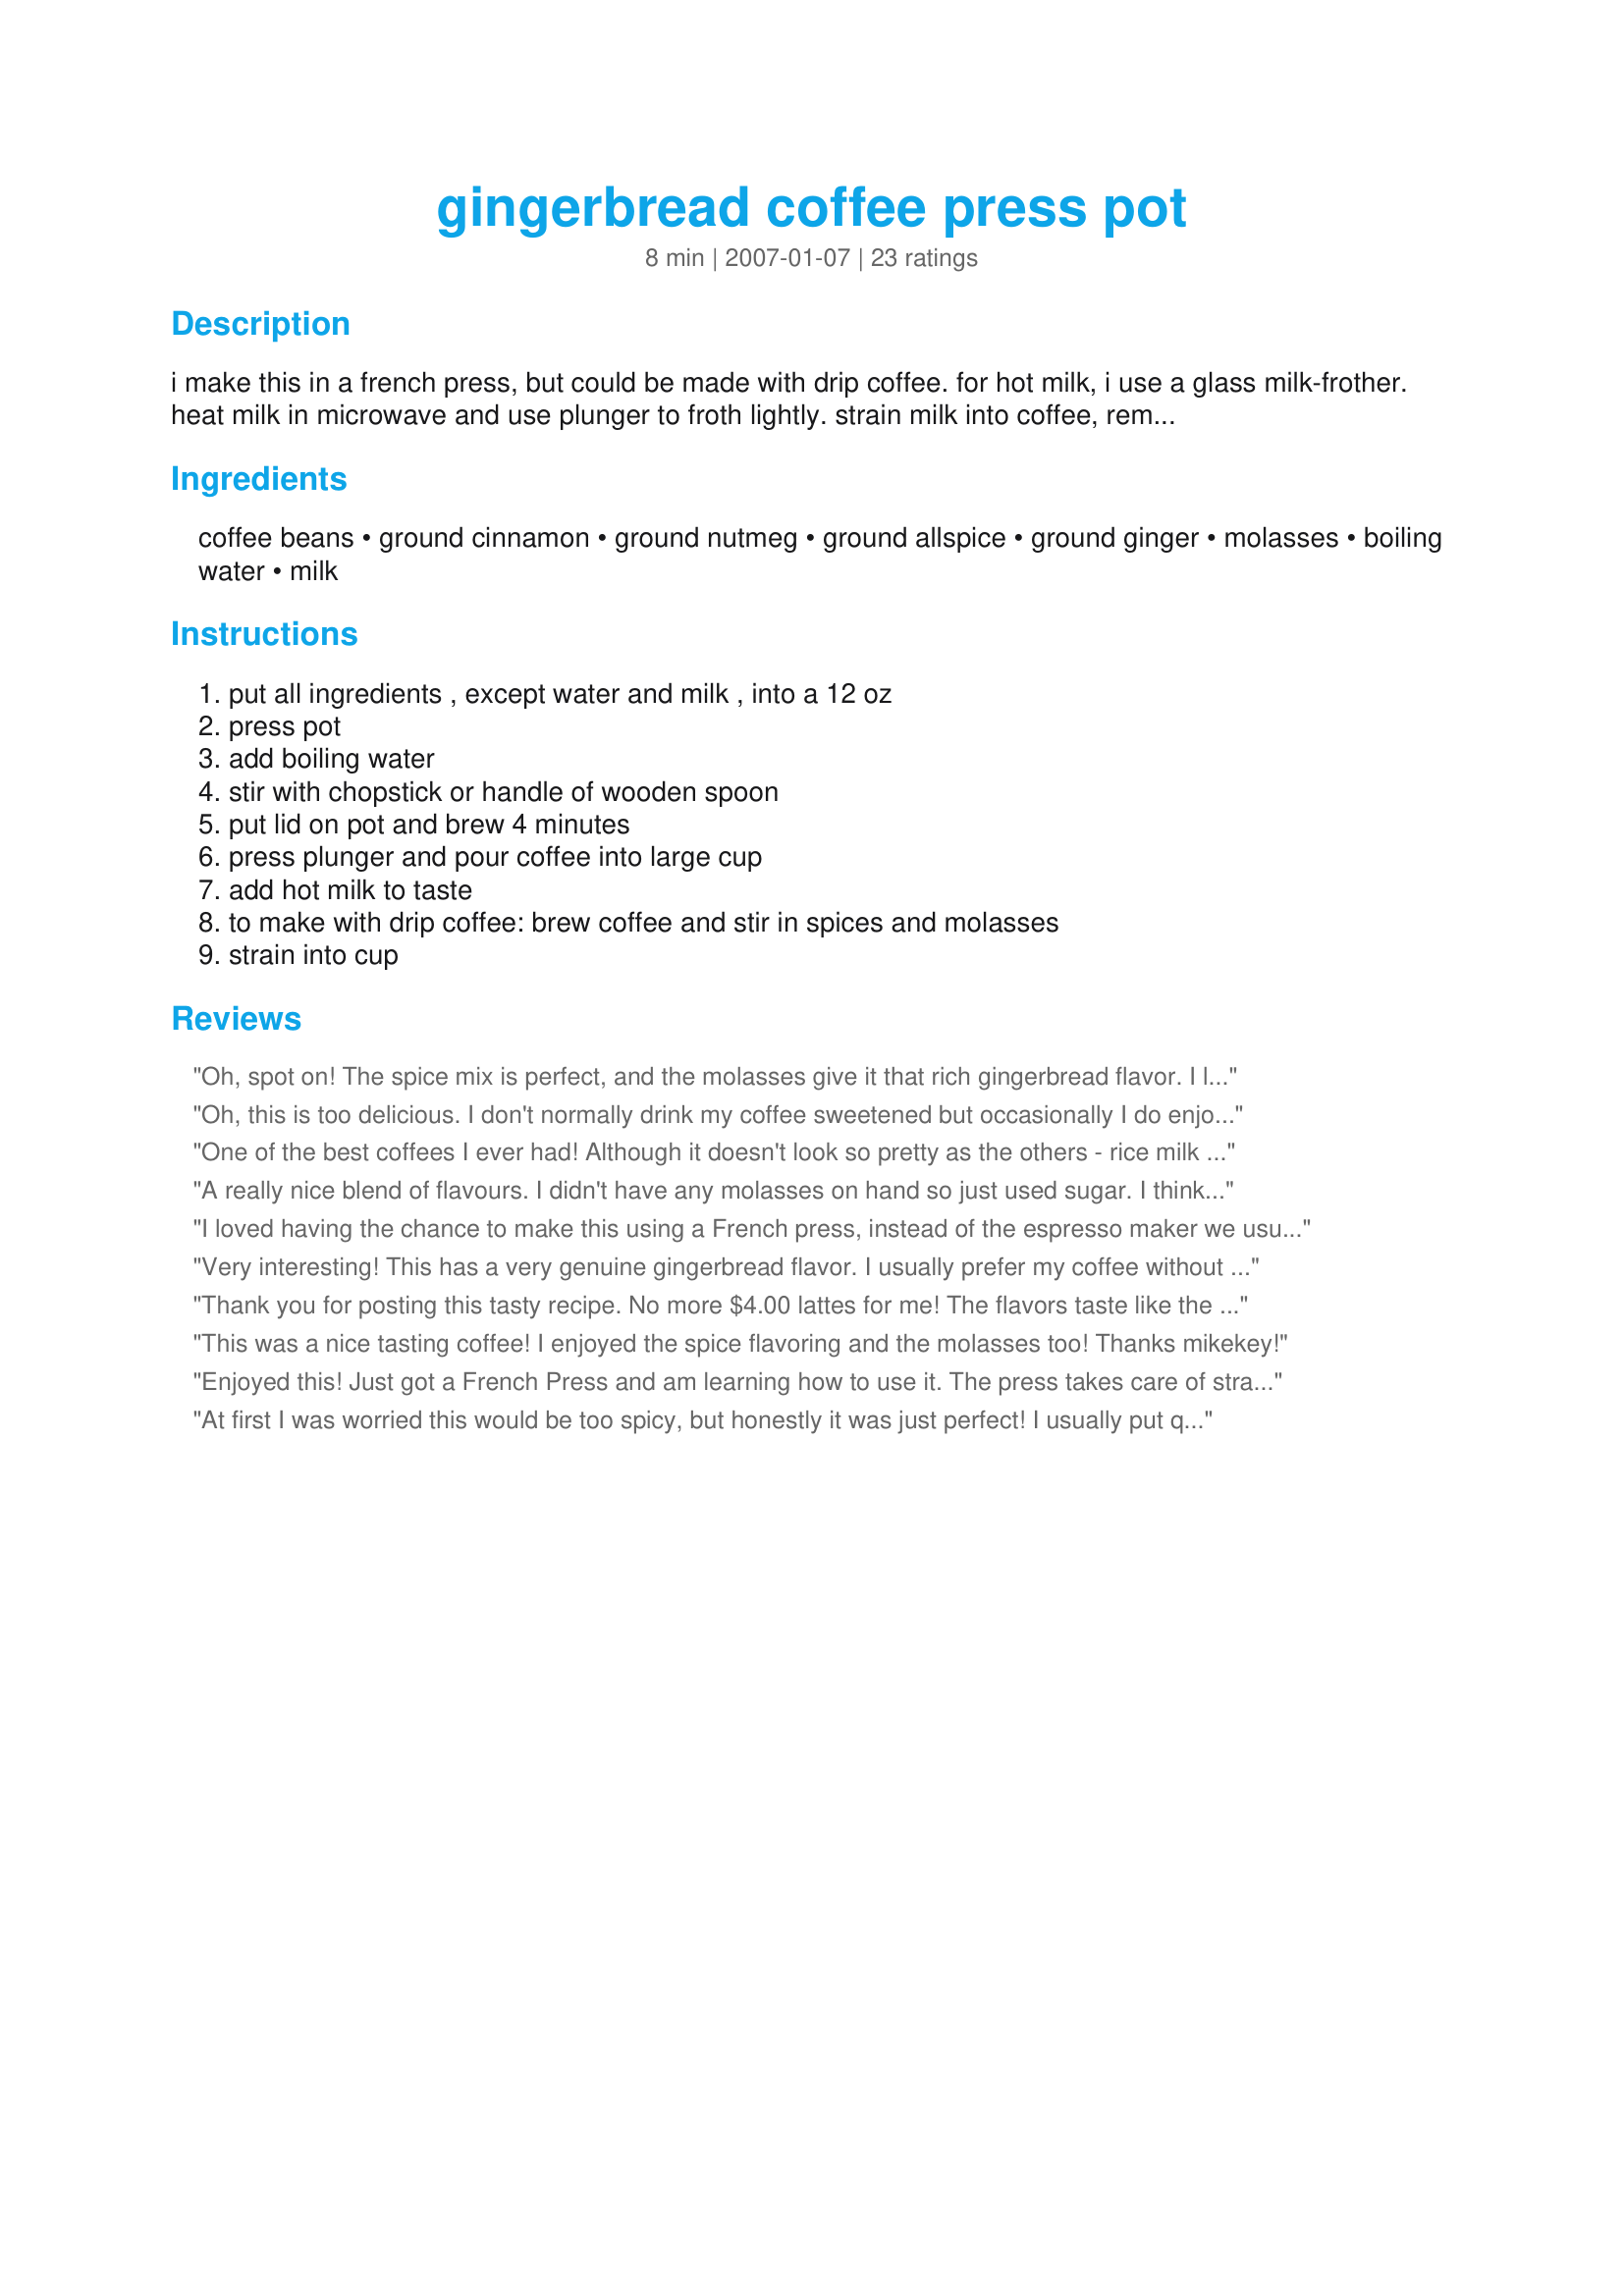
gingerbread coffee press pot
Preparation time: 8 minutes

i make this in a french press, but could be made with drip coffee. for hot milk, i use a glass milk-frother. heat milk in microwave and use plunger to froth lightly. strain milk into coffee, remove lid, and put some foam on top of coffee.

Ingredients:
coffee beans, ground cinnamon, ground nutmeg, ground allspice, ground ginger, molasses, boiling water, milk

Steps:
put all ingredients , except water and milk , into a 12 oz, press pot, add boiling water, stir with chopstick or handle of wooden spoon, put lid on pot and brew 4 minutes, press plunger and pour coffee into large cup, add hot milk to taste, to make with drip coffee: brew coffee and stir in spices and molasses, strain into cup

Reviews:
Oh, spot on! The spice mix is perfect, and the molasses give it that rich gingerbread flavor. I like to add a bit of orange zest with the spices, also. Gives it a lift like sweet orange sauce does for the regular gingerbread. Thanks!
Oh, this is too delicious. I don't normally drink my coffee sweetened but occasionally I do enjoy a foo-foo cup of coffee. This one is pure bliss. I poured a large cup this morning and poured the rest into a thermos but did not have time to drink it. As I emptied my bag tonight I found the thermos with luke warm coffee - poured a cup and popped it in the microwave. I'm looking forward to tomorrow morning when I will make this again. Made and enjoyed on a chilly Michigan December morning.
One of the best coffees I ever had! Although it doesn't look so pretty as the others - rice milk cannot be frothed :lol:
Used only 1 teaspoon molasses because I don't usually drink sweetened coffee. But this was perfect, liquid gingerbread with coffee flavour. Thanks for posting this winner!
Made for Comfort Cafe Snowqueen's Round 2010.
A really nice blend of flavours. I didn't have any molasses on hand so just used sugar. I think this worked :) A nice hot drink for a cold wet night. Thanks for posting :)
I loved having the chance to make this using a French press, instead of the espresso maker we usually use. Of course, this didn't taste like espresso was in it but it did have a nice latte kind of flavor and the spices were nicely balanced. The only thing that detracted from this at all was the amount of dried spices used in this gave it an obvious powdered-spice taste that none of us here cared for. I would use less next time just to make it less appparent, or just go with flavored syrups instead, (which I have tons of anyway). Thank you.
Very interesting! This has a very genuine gingerbread flavor. I usually prefer my coffee without milk so I tried it that way and then added milk. I really like it either way! Thanks!
Thank you for posting this tasty recipe. No more $4.00 lattes for me! The flavors taste like the holidays at Grandma's house. Cheers from Oregon!
This was a nice tasting coffee! I enjoyed the spice flavoring and the molasses too! Thanks mikekey!
Enjoyed this! Just got a French Press and am learning how to use it. The press takes care of straining the spices which I loved, all of the flavor but none of the floating powdery stuff. Also loved the flavor the molasses added. Yum! Thanks for sharing the recipe!
At first I was worried this would be too spicy, but honestly it was just perfect! I usually put quite a bit of sugar in my coffee, and with this I didnt need to. (probably because of the molasses?)
This recipe is very special, very delicious. 
I did use a little milk, not cream, but I don't think this it needed it.
I treated myself with a cup of this last night and it was out-of-this-world-wonderful! Using a single-serving french press, I made just as written, adding just a splash of hot milk. Thanks for sharing your recipe!
This is sooooooo yummy! Thank you for sharing. Delish!
Drinkable but mine tasted extremely bitter.. Is the molasses sticking too hard to the grounds or something?..
Oh, divine! This is the first coffee I made in my sweet little cafetiere. I turned it more into a latte, really, adding quite a bit of frothed milk, and I reduced the coffee and spices- I like my coffee rather tame so far!- but it came out absolutely perfect. I'd like to echo Jean R: no more need for $4.00 lattes. Thank you, thank you, thank you! (For the Comfort Cafe 2009)
This is a grand coffee that I'll be serving through the next holiday season. I really didn't want over 11 grams of sugar so I used 1/2 a tsp of molasses and the rest was Splenda, also I have used a large cinnamon stick in the cup to avoid the "cinnamon glop" because I didn't strain the coffee into the mug but added the spice right into it. I'm lazy and I like spice, what can I say. I used a scoop of Cool Whip Lite on top because I just had too, I mean this is gingerbread after all.
Tastes just like a piece of gingerbread dunked into your coffee only better! This made a nice dessert after dinner as I couldn't resist topping it off with some whipped cream. I'll be making this one often!
Great use of spices, I loved it with espresso. I just need a milk frother!
THanks
I used some freshly prepared espresso coffe and added the spices to it. I didn't have powdered ginger so used a few drops of the liquid from my jar of minced ginger and only used 1/2 tblsp molasses. A really nice blend of spices in the coffee with a subtle hint of ginger, a great way to start the day.
Thanks for posting!
WoW Mikekey! You have out done yourself on this coffee drink! I replaced the all spice with Pumpkin pie spice as I thought I had some allspice in my spice cabinet but I was wrong. Made for Summer 2009 Comfort Cafe!
Pretty good coffee, but I would use a little less cinnamon if you are going to make this, it over powers a lot of the drink.
I love coffee...especially spiced coffee and this one is wonderful. Quick and easy to make. The spice blend is perfect. I made using a drip machine...it worked great. I didn't have any milk so i topped with whipped cream. I will be making this often. Thanks for sharing Mikekey.
It's cold today & one of the few days that I have the house to myself..yippeee!!. I felt like something naughty for morning tea but didn't want to make anything too fattening. I saw your coffee on the homepage the other day & I thought I would give it a go. YUM! A rich coffee with all the flavours that I love about gingerbread. I don't even feel like I need a piece of cake to have with it...This would be perfect for finishing off a dinner if you don't want to serve a dessert. Thanks Mikekey!
I thought this was as good, or better, as a Latte at Starbucks. I did however try at first to double the recipe using a fine ground expresso. I ended up with a HUGE mess and a minor burn. But, "if at first you don't succeed, try following the directions". The next morning I did follow the recipe to a 'T' and ended up enjoying a lovely cup of coffee. Thanks for the great recipe!
